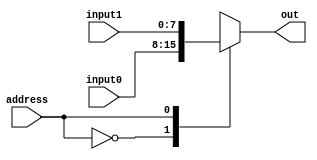
// Liv Kelley, Jamie O'Brien, Sabrina Pereira
// Sequenctial Multiplier Multiplexers

/*
Parameterized 2to1 Mux

This is a two input multiplexer. The width parameter can be changed at
instantiation to accomodate differently sized inputs and outputs. 
*/
module mux2to1
#(parameter width = 8)
(
output[width-1:0]  out,
input	     	 address,
input[width-1:0]   input0, input1
);
    wire[width-1:0] mux[1:0];	      // Create a 2D array of wires
    assign mux[0] = input0;   // Connect the sources of the array
    assign mux[1] = input1;

    assign out = mux[address];	// Connect output of array
endmodule